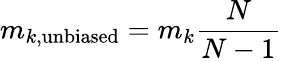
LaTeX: m_{k,\mathrm{unbiased}}=m_{k}\frac{N}{N-1}